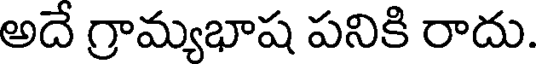
అదే గ్రామ్యభాష పనికి రాదు.